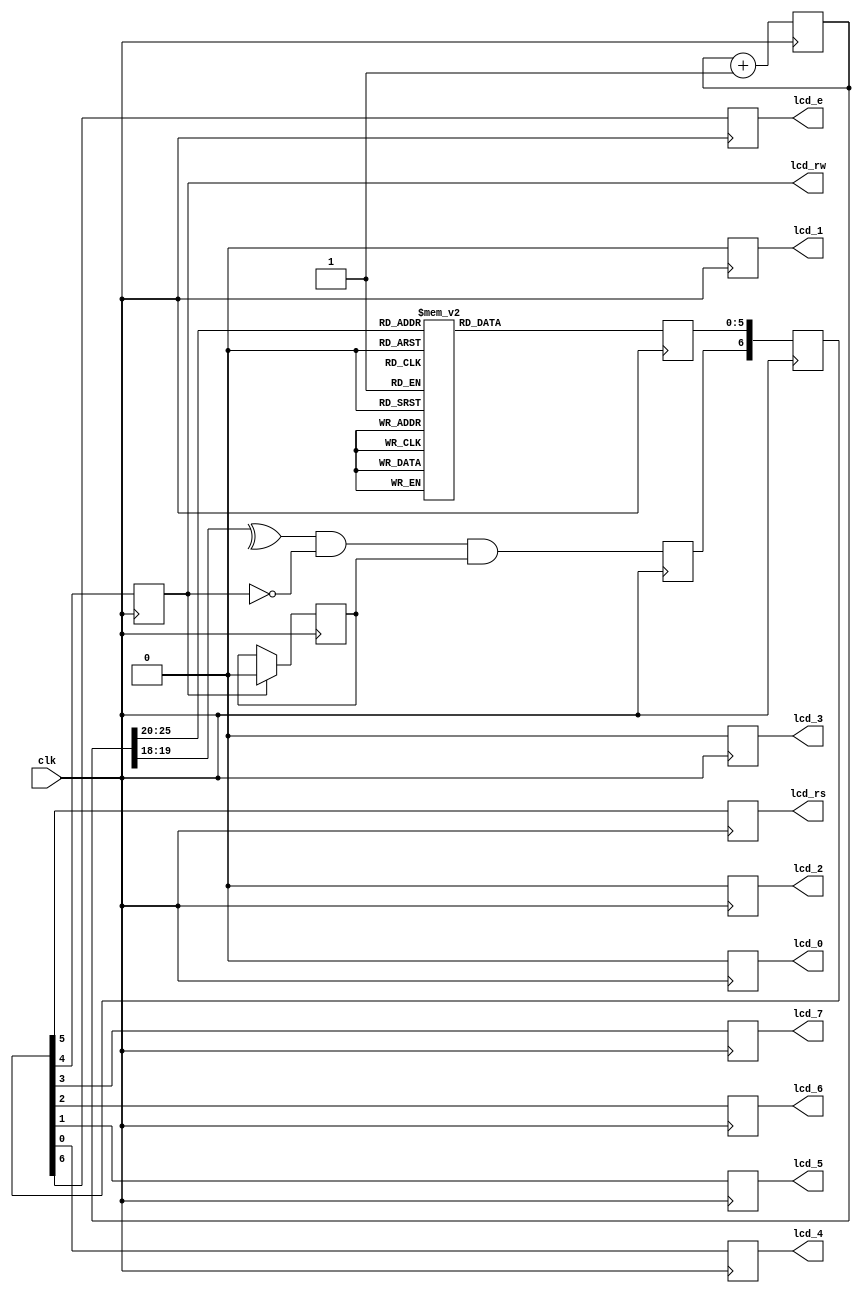
module lcd (clk, lcd_rs, lcd_rw, lcd_e, lcd_0, lcd_1, lcd_2, lcd_3, lcd_4, lcd_5, lcd_6, lcd_7);
                    parameter       k = 18;
   input           clk;        
                    reg   [k+8-1:0] count=0;
                    reg             lcd_busy=1;
                    reg             lcd_stb;
                    reg       [5:0] lcd_code;
                    reg       [6:0] lcd_stuff;
   output reg      lcd_rs;
   output reg      lcd_rw;
   output reg      lcd_7;
   output reg      lcd_6;
   output reg      lcd_5;
   output reg      lcd_4; 
     output reg      lcd_3;
     output reg      lcd_2;
     output reg      lcd_1;
     output reg      lcd_0;
   output reg      lcd_e;
  always @ (posedge clk) begin
    count  <= count + 1;
 lcd_0 <= 0;
 lcd_1 <= 0;
 lcd_2 <= 0;
 lcd_3 <= 0;
    case (count[k+7:k+2])
       0: lcd_code <= 6'h03;        
       1: lcd_code <= 6'h03;
       2: lcd_code <= 6'h03;
       3: lcd_code <= 6'h02;
       4: lcd_code <= 6'h02;        
       5: lcd_code <= 6'h08;
       6: lcd_code <= 6'h00;        
       7: lcd_code <= 6'h06;
       8: lcd_code <= 6'h00;        
       9: lcd_code <= 6'h0C;
      10: lcd_code <= 6'h00;        
      11: lcd_code <= 6'h01;
		12: lcd_code <= 6'h22;        
      13: lcd_code <= 6'h2A;
      14: lcd_code <= 6'h22;        
      15: lcd_code <= 6'h20;
      16: lcd_code <= 6'h24;        
      17: lcd_code <= 6'h23;
      18: lcd_code <= 6'h24;        
      19: lcd_code <= 6'h2F;
      20: lcd_code <= 6'h24;        
      21: lcd_code <= 6'h2C;
      22: lcd_code <= 6'h24;        
      23: lcd_code <= 6'h25;
      24: lcd_code <= 6'h24;        
      25: lcd_code <= 6'h23;
      26: lcd_code <= 6'h24;        
      27: lcd_code <= 6'h2F;
      28: lcd_code <= 6'h25;        
      29: lcd_code <= 6'h26;
      30: lcd_code <= 6'h24;        
      31: lcd_code <= 6'h29;
      32: lcd_code <= 6'h25;        
      33: lcd_code <= 6'h23;
      34: lcd_code <= 6'h24;        
      35: lcd_code <= 6'h29;
		36: lcd_code <= 6'h24;        
      37: lcd_code <= 6'h2F;
		38: lcd_code <= 6'h24;        
      39: lcd_code <= 6'h2E;
		40: lcd_code <= 6'h22;        
      41: lcd_code <= 6'h20;
		42: lcd_code <= 6'h22;        
      43: lcd_code <= 6'h2A;
      default: lcd_code <= 6'h10;
    endcase
  if (lcd_rw)                     
    lcd_busy <= 0;                
    lcd_stb <= ^count[k+1:k+0] & ~lcd_rw & lcd_busy;  
    lcd_stuff <= {lcd_stb,lcd_code};
    {lcd_e,lcd_rs,lcd_rw,lcd_7,lcd_6,lcd_5,lcd_4} <= lcd_stuff;
  end
endmodule